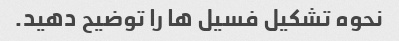
نحوه تشکیل فسیل ها را توضیح دهید.